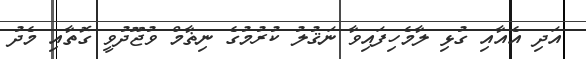
އަދި އެއާއި ގުޅި ލާމެހިފައިވާ ނަޤުލު ކުރުމުގެ ނިޡާމް ވުޖޫދުވީ ގޮތާއި މެދު